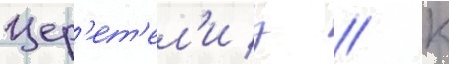
Цер'ет'ел'и з // К